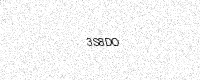
Text: 3S8DO